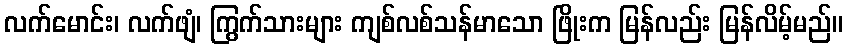
လက်မောင်း၊ လက်ဖျံ၊ ကြွက်သားများ ကျစ်လစ်သန်မာသော ဖြိုးက မြန်လည်း မြန်လိမ့်မည်။